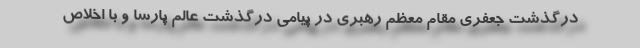
درگذشت جعفری مقام معظم رهبری در پیامی درگذشت عالم پارسا و با اخلاص